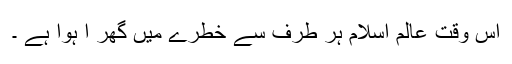
اس وقت عالم اسلام ہر طرف سے خطرے میں گھر ا ہوا ہے ۔